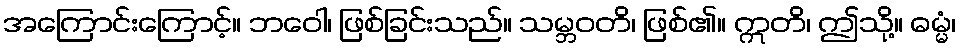
အကြောင်းကြောင့်။ ဘဝေါ၊ ဖြစ်ခြင်းသည်။ သမ္ဘဝတိ၊ ဖြစ်၏။ ဣတိ၊ ဤသို့။ ဓမ္မံ၊